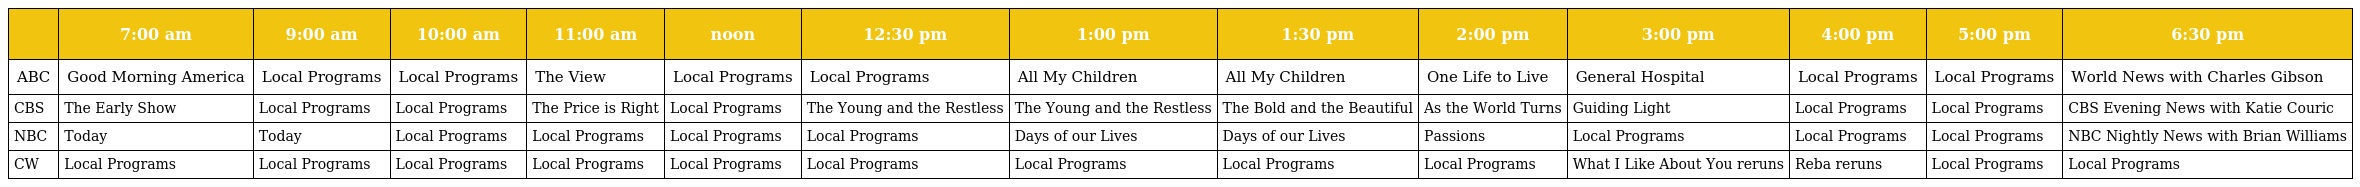
|  | 7:00 am | 9:00 am | 10:00 am | 11:00 am | noon | 12:30 pm | 1:00 pm | 1:30 pm | 2:00 pm | 3:00 pm | 4:00 pm | 5:00 pm | 6:30 pm |
 | --- | --- | --- | --- | --- | --- | --- | --- | --- | --- | --- | --- | --- | --- |
 | ABC | Good Morning America | Local Programs | Local Programs | The View | Local Programs | Local Programs | All My Children | All My Children | One Life to Live | General Hospital | Local Programs | Local Programs | World News with Charles Gibson |
 | CBS | The Early Show | Local Programs | Local Programs | The Price is Right | Local Programs | The Young and the Restless | The Young and the Restless | The Bold and the Beautiful | As the World Turns | Guiding Light | Local Programs | Local Programs | CBS Evening News with Katie Couric |
 | NBC | Today | Today | Local Programs | Local Programs | Local Programs | Local Programs | Days of our Lives | Days of our Lives | Passions | Local Programs | Local Programs | Local Programs | NBC Nightly News with Brian Williams |
 | CW | Local Programs | Local Programs | Local Programs | Local Programs | Local Programs | Local Programs | Local Programs | Local Programs | Local Programs | What I Like About You reruns | Reba reruns | Local Programs | Local Programs |